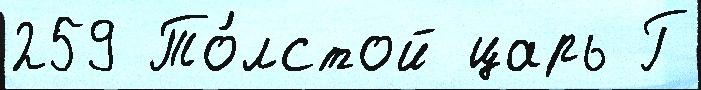
259 То́лстой царь Г